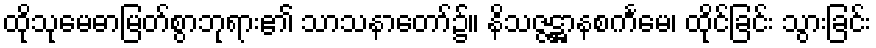
ထိုသုမေဓာမြတ်စွာဘုရား၏ သာသနာတော်၌။ နိသဇ္ဇဋ္ဌာနစင်္ကမေ၊ ထိုင်ခြင်း သွားခြင်း